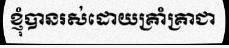
ខ្ញុំបានរស់ដោយគ្រាំគ្រាជា